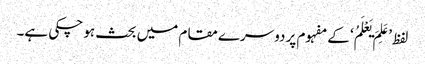
لفظ ’عَلِمَ یَعْلَمُ‘ کے مفہوم پر دوسرے مقام میں بحث ہو چکی ہے۔